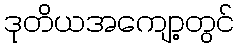
ဒုတိယအကျော့တွင်